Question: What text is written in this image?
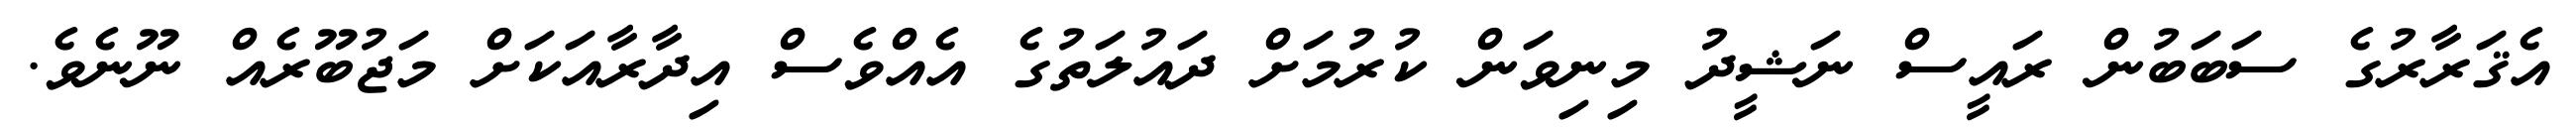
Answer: އެޤަރާރުގެ ސަބަބުން ރައީސް ނަޝީދު މިނިވަން ކުރުމަށް ދައުލަތުގެ އެއްވެސް އިދާރާއަކަށް މަޖުބޫރެއް ނޫނެވެ.